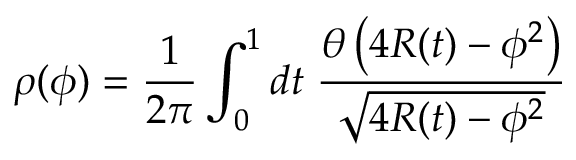
\rho ( \phi ) = \frac { 1 } { 2 \pi } \int _ { 0 } ^ { 1 } d t \; \frac { \theta \left( 4 R ( t ) - \phi ^ { 2 } \right) } { \sqrt { 4 R ( t ) - \phi ^ { 2 } } }